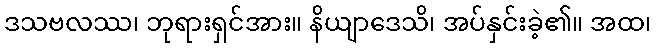
ဒသဗလဿ၊ ဘုရားရှင်အား။ နိယျာဒေသိ၊ အပ်နှင်းခဲ့၏။ အထ၊